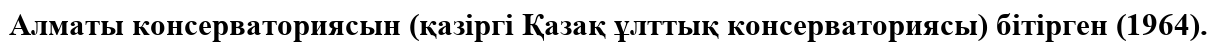
Алматы консерваториясын (қазіргі Қазақ ұлттық консерваториясы) бітірген (1964).